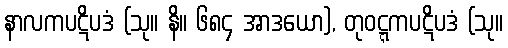
နာလကပဋိပဒံ (သု။ နိ။ ၆၈၄ အာဒယော), တုဝဋ္ဋကပဋိပဒံ (သု။